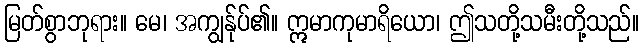
မြတ်စွာဘုရား။ မေ၊ အကျွန်ုပ်၏။ ဣမာကုမာရိယော၊ ဤသတို့သမီးတို့သည်။